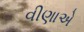
વીણાએ